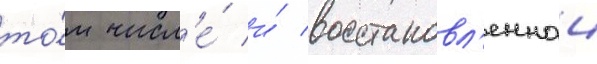
то́м числ'е́ и́ восстановл'еннои